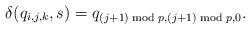
LaTeX: \begin{align*}\delta(q_{i,j,k},s)=q_{(j+1)\bmod p,(j+1)\bmod p,0}.\end{align*}